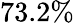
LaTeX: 73.2\%